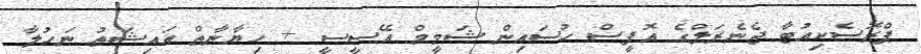
ޕްރޮސެކިއުޓާ ޖެނެރަލްގެ އޮފީސް ހުސައިން ޝަމީމް އޭސީސީ + ހިޔާނާތް އައިޝަތު ނަހުލާ